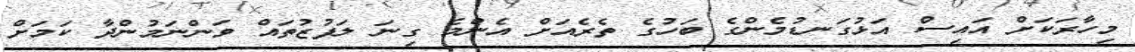
މިހާރަކަށް އައިސް އަޅުގަނޑުމެންގެ ބަހުގެ ތެރެއަށް އެންމެ ގިނަ ލަފުޒުތައް ވަންނަމުންދާ ކަމަށް